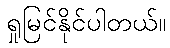
ရှုမြင်နိုင်ပါတယ်။